Lunatic asylums in Bengal annual reports 1899-1911 - 1899-1911
Year: 1899
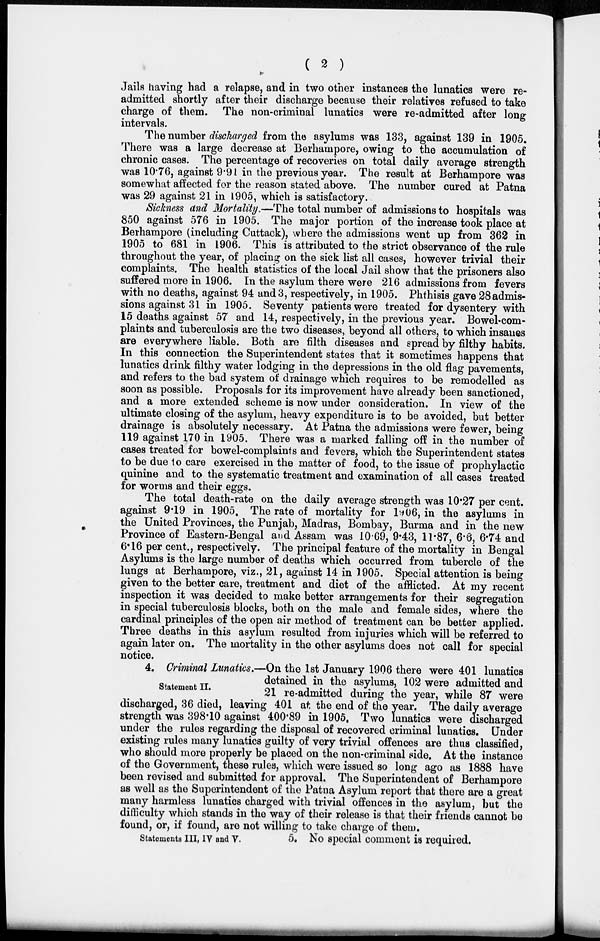
( 2 )
Jails having had a relapse, and in two other instances the lunatics were re-
admitted shortly after their discharge because their relatives refused to take
charge of them. The non-criminal lunatics were re-admitted after long
intervals.
The number discharged from the asylums was 133, against 139 in 1905.
There was a large decrease at Berhampore, owing to the accumulation of
chronic cases. The percentage of recoveries on total daily average strength
was 10.76, against 9.91 in the previous year. The result at Berhampore was
somewhat affected for the reason stated above. The number cured at Patna
was 29 against 21 in 1905, which is satisfactory.
Sickness and Mortality.—The total number of admissions to hospitals was
850 against 576 in 1905. The major portion of the increase took place at
Berhampore (including Cuttack), where the admissions went up from 362 in
1905 to 681 in 1906. This is attributed to the strict observance of the rule
throughout the year, of placing on the sick list all cases, however trivial their
complaints. The health statistics of the local Jail show that the prisoners also
suffered more in 1906. In the asylum there were 216 admissions from fevers
with no deaths, against 94 and 3, respectively, in 1905. Phthisis gave 28 admis-
sions against 31 in 1905. Seventy patients were treated for dysentery with
15 deaths against 57 and 14, respectively, in the previous year. Bowel-com-
plaints and tuberculosis are the two diseases, beyond all others, to which insanes
are everywhere liable. Both are filth diseases and spread by filthy habits.
In this connection the Superintendent states that it sometimes happens that
lunatics drink filthy water lodging in the depressions in the old flag pavements,
and refers to the bad system of drainage which requires to be remodelled as
soon as possible. Proposals for its improvement have already been sanctioned,
and a more extended scheme is now under consideration. In view of the
ultimate closing of the asylum, heavy expenditure is to be avoided, but better
drainage is absolutely necessary. At Patna the admissions were fewer, being
119 against 170 in 1905. There was a marked falling off in the number of
cases treated for bowel-complaints and fevers, which the Superintendent states
to be due to care exercised in the matter of food, to the issue of prophylactic
quinine and to the systematic treatment and examination of all cases treated
for worms and their eggs.
The total death-rate on the daily average strength was 10.27 per cent.
against 9.19 in 1905. The rate of mortality for 1906, in the asylums in
the United Provinces, the Punjab, Madras, Bombay, Burma and in the new
Province of Eastern-Bengal and Assam was 10.69, 9.43, 11.87, 6.6, 6.74 and
6.16 per cent., respectively. The principal feature of the mortality in Bengal
Asylums is the large number of deaths which occurred from tubercle of the
lungs at Berhampore, viz., 21, against 14 in 1905. Special attention is being
given to the better care, treatment and diet of the afflicted. At my recent
inspection it was decided to make better arrangements for their segregation
in special tuberculosis blocks, both on the male and female sides, where the
cardinal principles of the open air method of treatment can be better applied.
Three deaths in this asylum resulted from injuries which will be referred to
again later on. The mortality in the other asylums does not call for special
notice.
Statement II.
4. Criminal Lunatics.—On the 1st January 1906 there were 401 lunatics
detained in the asylums, 102 were admitted and
21 re-admitted during the year, while 87 were
discharged, 36 died, leaving 401 at the end of the year. The daily average
strength was 398.10 against 400.89 in 1905. Two lunatics were discharged
under the rules regarding the disposal of recovered criminal lunatics. Under
existing rules many lunatics guilty of very trivial offences are thus classified,
who should more properly be placed on the non-criminal side. At the instance
of the Government, these rules, which were issued so long ago as 1888 have
been revised and submitted for approval. The Superintendent of Berhampore
as well as the Superintendent of the Patna Asylum report that there are a great
many harmless lunatics charged with trivial offences in the asylum, but the
difficulty which stands in the way of their release is that their friends cannot be
found, or, if found, are not willing to take charge of them.
Statements III, IV and V.
5. No special comment is required.